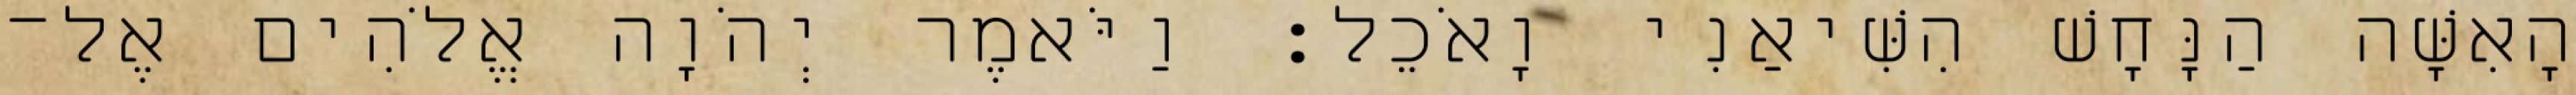
הָאִשָּׁה הַנָּחָשׁ הִשִּׁיאַנִי וָאֹכֵל׃ וַיֹּאמֶר יְהֹוָה אֱלֹהִים אֶל־